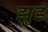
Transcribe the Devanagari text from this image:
झुडं